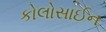
કોલોસાઈન